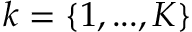
k = \{ 1 , . . . , K \}